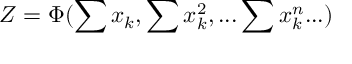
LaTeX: Z = \Phi ( \sum x _ { k } , \sum x _ { k } ^ { 2 } , . . . \sum x _ { k } ^ { n } . . . )